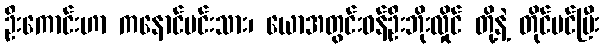
ဦးကောင်းဟာ ကနောင်မင်းသား၊ ယောအတွင်းဝန်ဦးဘိုးလှိုင် တို့နဲ့ တိုင်ပင်ပြီး